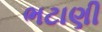
ભટાણી